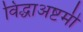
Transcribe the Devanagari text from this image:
विद्धाअष्टमी